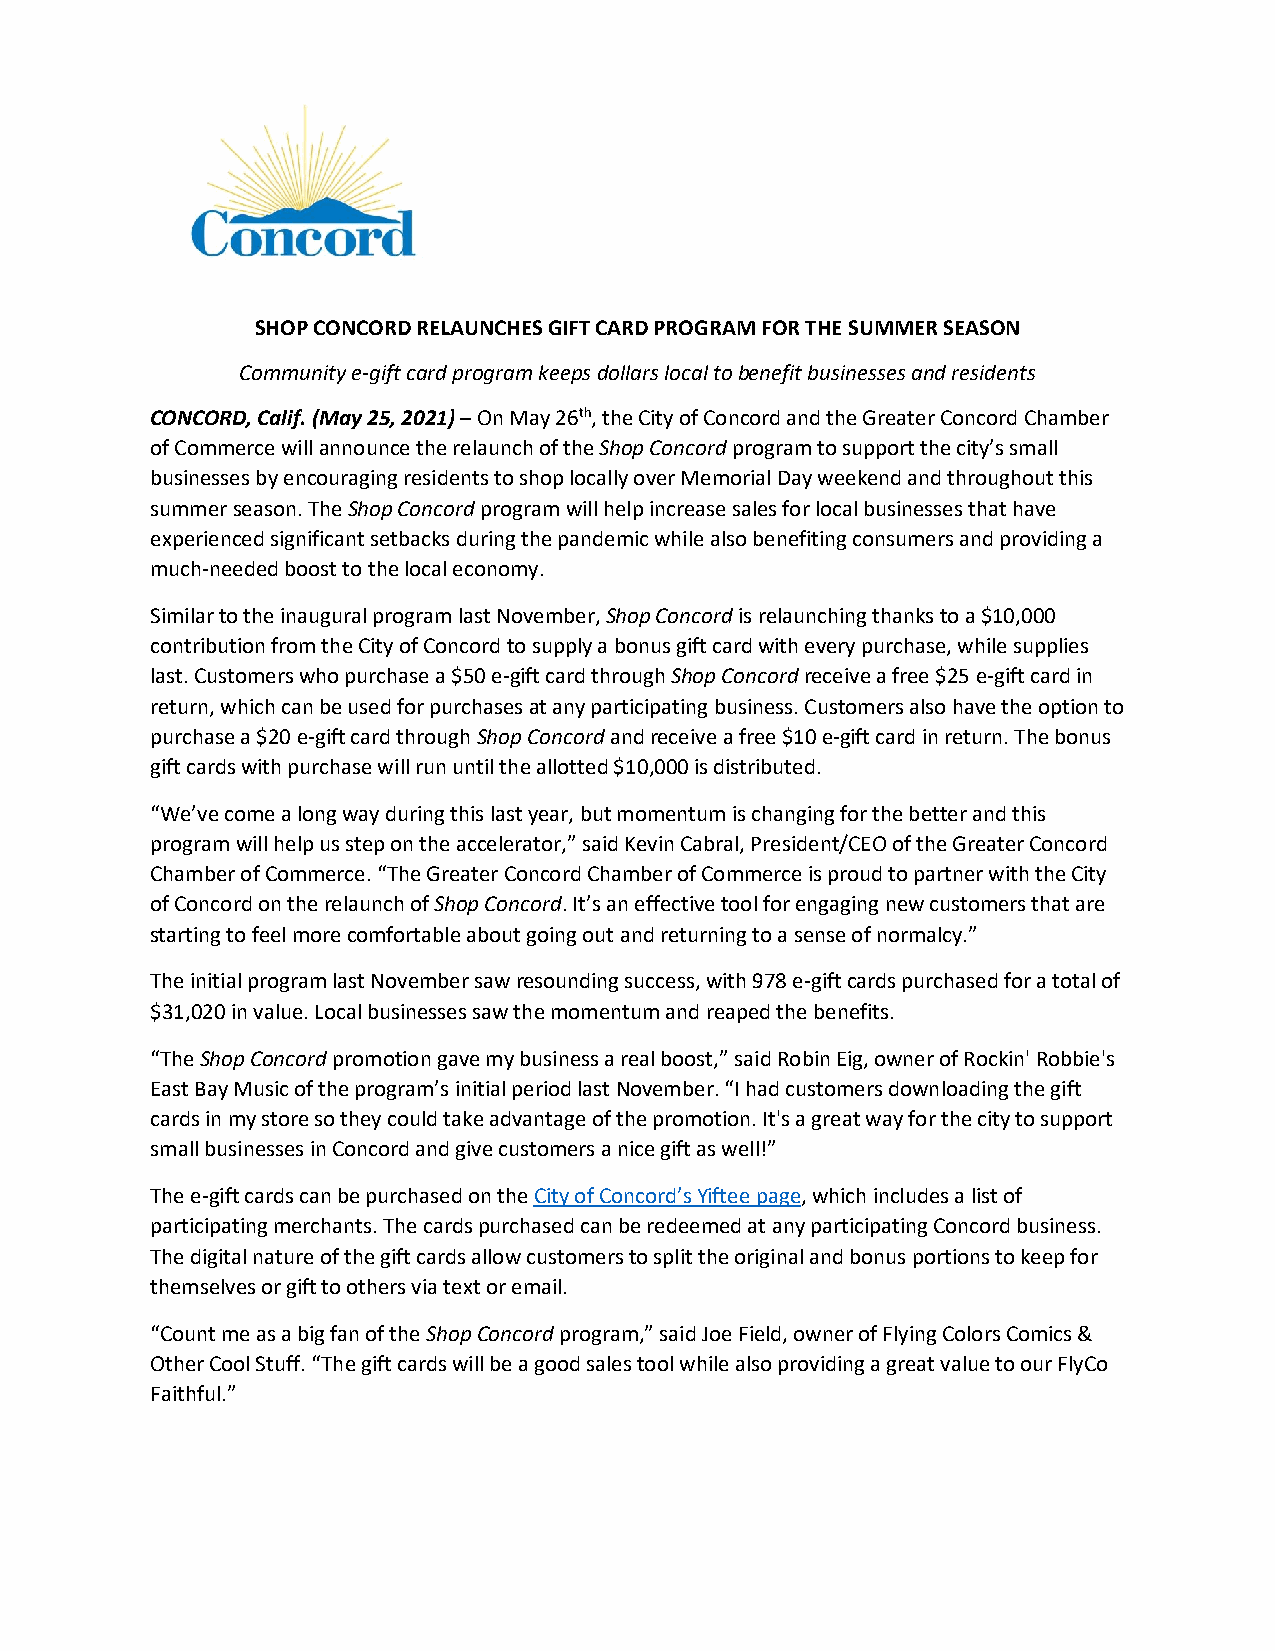
SHOP CONCORD RELAUNCHES GIFT CARD PROGRAM FOR THE SUMMER SEASON
 Community e-gift card program keeps dollars local to benefit businesses and residents
 CONCORD, Calif. (May 25, 2021) – On May 26th, the City of Concord and the Greater Concord Chamber
 of Commerce will announce the relaunch of the Shop Concord program to support the city’s small
 businesses by encouraging residents to shop locally over Memorial Day weekend and throughout this
 summer season. The Shop Concord program will help increase sales for local businesses that have
 experienced significant setbacks during the pandemic while also benefiting consumers and providing a
 much-needed boost to the local economy.
 Similar to the inaugural program last November, Shop Concord is relaunching thanks to a $10,000
 contribution from the City of Concord to supply a bonus gift card with every purchase, while supplies
 last. Customers who purchase a $50 e-gift card through Shop Concord receive a free $25 e-gift card in
 return, which can be used for purchases at any participating business. Customers also have the option to
 purchase a $20 e-gift card through Shop Concord and receive a free $10 e-gift card in return. The bonus
 gift cards with purchase will run until the allotted $10,000 is distributed.
 “We’ve come a long way during this last year, but momentum is changing for the better and this
 program will help us step on the accelerator,” said Kevin Cabral, President/CEO of the Greater Concord
 Chamber of Commerce. “The Greater Concord Chamber of Commerce is proud to partner with the City
 of Concord on the relaunch of Shop Concord. It’s an effective tool for engaging new customers that are
 starting to feel more comfortable about going out and returning to a sense of normalcy.”
 The initial program last November saw resounding success, with 978 e-gift cards purchased for a total of
 $31,020 in value. Local businesses saw the momentum and reaped the benefits.
 “The Shop Concord promotion gave my business a real boost,” said Robin Eig, owner of Rockin' Robbie's
 East Bay Music of the program’s initial period last November. “I had customers downloading the gift
 cards in my store so they could take advantage of the promotion. It's a great way for the city to support
 small businesses in Concord and give customers a nice gift as well!”
 The e-gift cards can be purchased on the City of Concord’s Yiftee page, which includes a list of
 participating merchants. The cards purchased can be redeemed at any participating Concord business.
 The digital nature of the gift cards allow customers to split the original and bonus portions to keep for
 themselves or gift to others via text or email.
 “Count me as a big fan of the Shop Concord program,” said Joe Field, owner of Flying Colors Comics &
 Other Cool Stuff. “The gift cards will be a good sales tool while also providing a great value to our FlyCo
 Faithful.”